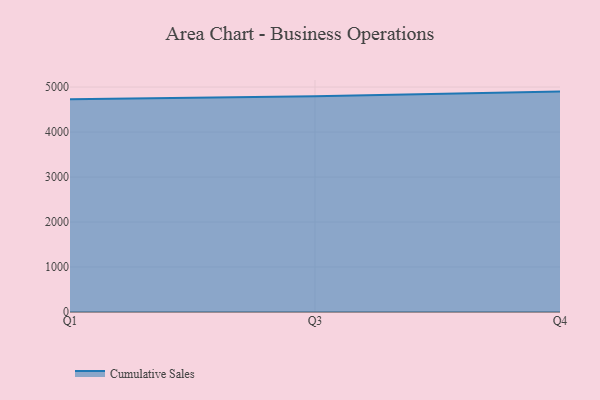
{"axis": {"x": "Quarter", "y": "Shipments"}, "legend": ["Cumulative Sales"], "data": [{"x": "Q1", "y": 4731.1, "type": "Cumulative Sales"}, {"x": "Q3", "y": 4795.8, "type": "Cumulative Sales"}, {"x": "Q4", "y": 4899.1, "type": "Cumulative Sales"}]}